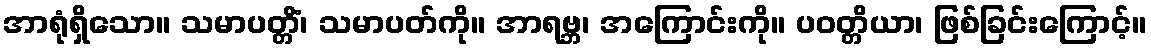
အာရုံရှိသော။ သမာပတ္တိံ၊ သမာပတ်ကို။ အာရဗ္ဘ၊ အကြောင်းကို။ ပဝတ္တိယာ၊ ဖြစ်ခြင်းကြောင့်။